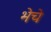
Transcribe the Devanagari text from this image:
भेचे